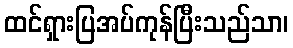
ထင်ရှားပြအပ်ကုန်ပြီးသည်သာ၊